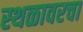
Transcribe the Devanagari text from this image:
स्थळावरचा